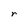
Character: r